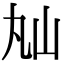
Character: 𡵎